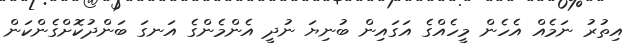
އިތުރު ނަމެއް އެހެން މީހެއްގެެ އަގައިން ބުނިޔަ ނުދީ އެންމެންގެ އަނގަ ބަންދުކޮށްގެންކަން